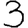
Digit: 3